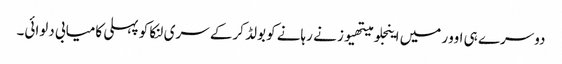
دوسرے ہی اوور میں اینجلو میتھیوز نے رہانے کو بولڈ کرکے سری لنکا کو پہلی کامیابی دلوائی۔